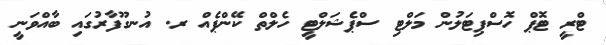
ޓްރީ ޓޮޕް ހޮސްޕިޓަލުން މަލްޓި ސްޕެޝަލްޓީ ހެލްތް ކޭންޕެއް ރ. އުނގޫފާރުގައި ބާއްވަނީ